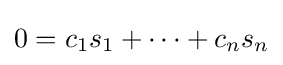
0=c_{1}s_{1}+\cdots +c_{n}s_{n}